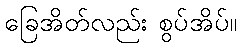
ခြေအိတ်လည်း စွပ်အိပ်။